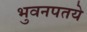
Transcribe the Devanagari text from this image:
भुवनपतये